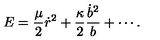
E = { \frac { \mu } { 2 } } \dot { r } ^ { 2 } + { \frac { \kappa } { 2 } } { \frac { \dot { b } ^ { 2 } } { b } } + \cdots .